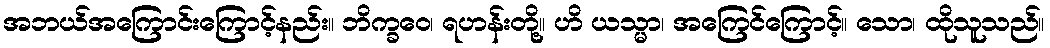
အဘယ်အကြောင်းကြောင့်နည်း။ ဘိက္ခဝေ၊ ရဟန်းတို့။ ဟိ ယသ္မာ၊ အကြေင်ကြောင့်။ သော၊ ထိုသူသည်။